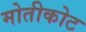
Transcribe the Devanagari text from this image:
मोतीकोट